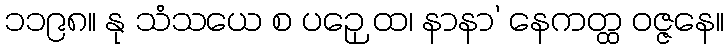
၁၁၉၈။ နု သံသယေ စ ပဉှေ ထ၊ နာနာ’ နေကတ္ထ ဝဇ္ဇနေ။